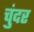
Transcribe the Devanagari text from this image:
चुंदर